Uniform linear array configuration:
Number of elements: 64
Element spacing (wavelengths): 0.25
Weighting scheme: hamming
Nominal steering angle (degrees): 0
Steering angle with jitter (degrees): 1.3
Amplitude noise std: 0.05
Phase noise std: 0.05

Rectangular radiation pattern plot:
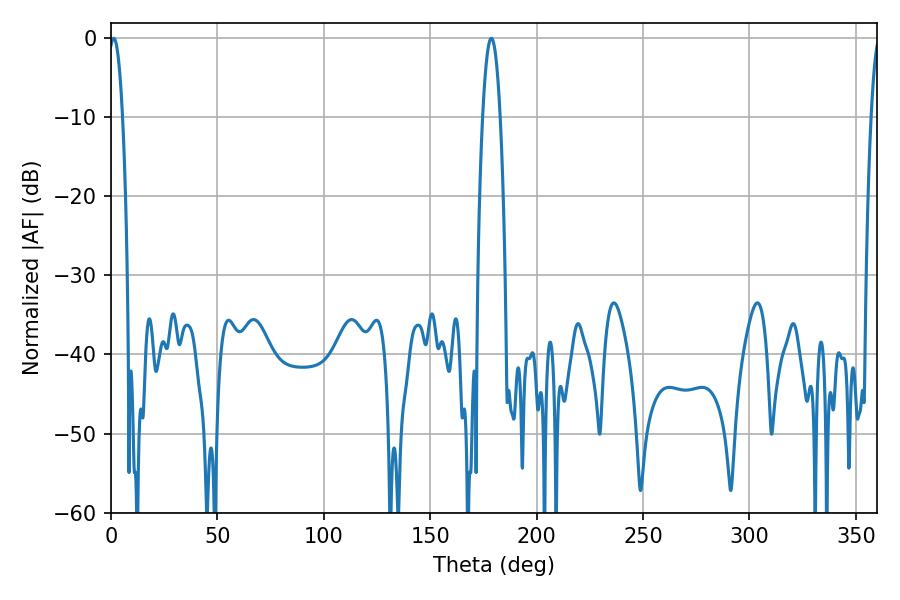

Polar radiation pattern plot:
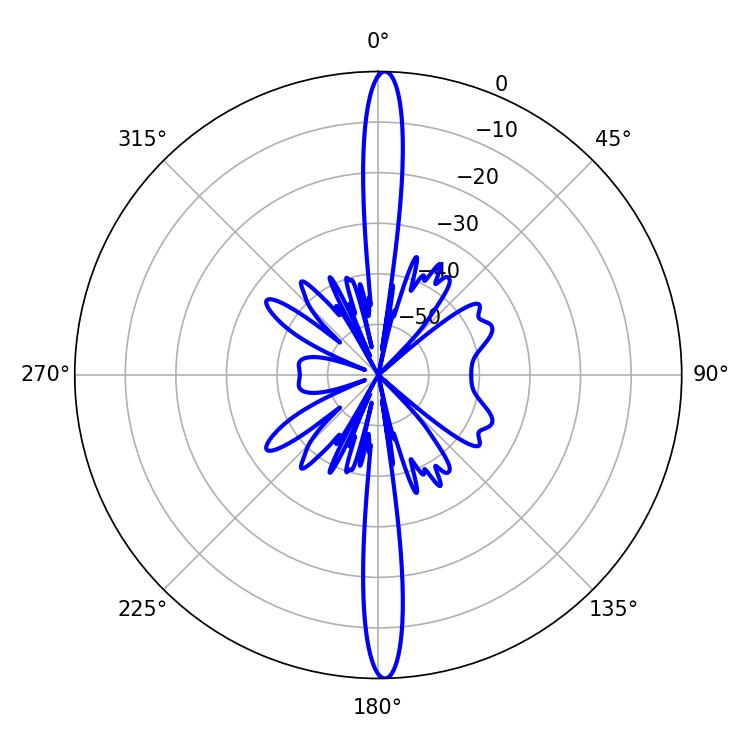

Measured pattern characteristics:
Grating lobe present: FALSE
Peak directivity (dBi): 27.07
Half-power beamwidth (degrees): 3.6
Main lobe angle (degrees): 1.26